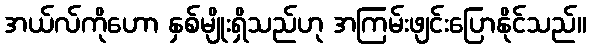
အယ်လ်ကိုဟော နှစ်မျိုးရှိသည်ဟု အကြမ်းဖျင်းပြောနိုင်သည်။